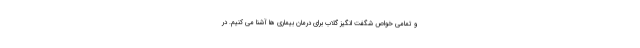
و تمامی خواص شگفت انگیز گلاب برای درمان بیماری ها آشنا می کنیم. در